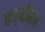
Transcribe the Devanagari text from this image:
बच्चीबेन